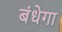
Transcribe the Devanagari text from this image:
बंधेगा